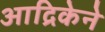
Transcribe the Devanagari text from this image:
आद्रिकेने